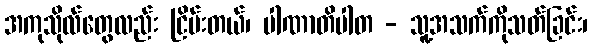
အကုသိုလ်တွေလည်း ငြိမ်းတယ်၊ ပါဏာတိပါတ - သူ့အသက်ကိုသတ်ခြင်း၊